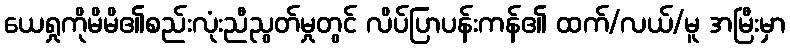
ယေရှုကိုမိမိ၏စည်းလုံးညီညွတ်မှုတွင် လိပ်ပြာပန်းကန်၏ ထက်/လယ်/မူ အမြီးမှာ